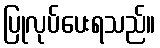
ပြုလုပ်ပေးရသည်။